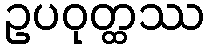
ဥပဝုတ္ထဿ